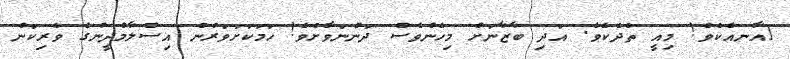
[އާނއެކެވެ! މިއީ ތެދެކެވެ. އަދި ބާޒާނަށް މިހެންވެސް ދަންނަވާށެވެ! ހަމަކަށަވަރުން އިސްލާމްދީނުގެ ވެރިކަން